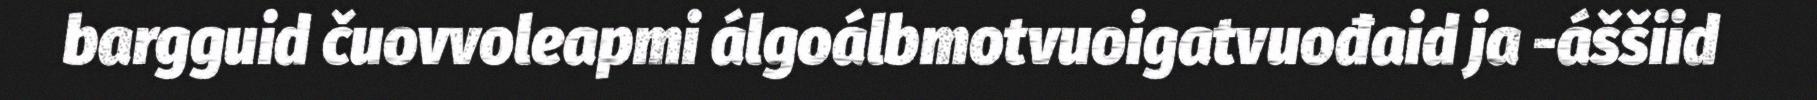
bargguid čuovvoleapmi álgoálbmotvuoigatvuođaid ja -áššiid